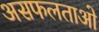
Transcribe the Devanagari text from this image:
असफलताओ